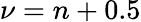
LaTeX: \nu=n+0.5